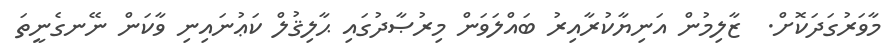
މާވަރުގަދަކޮށް.  ޒާލިމުން އަނިޔާކުރާއިރު ބައްލަވަން މިރުޞާދުގައި ޙާލިޤުލް ކަޢުނައިނި ވާކަން ނޭނގެނީތަ